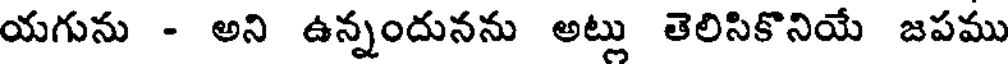
యగును - అని ఉన్నందునను అట్లు తెలిసికొనియే జపము